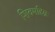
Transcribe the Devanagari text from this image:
शिवमहिम्नः